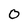
Character: 0